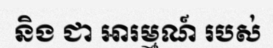
និង ជា ឤរម្មណ៍ របស់